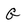
Character: G